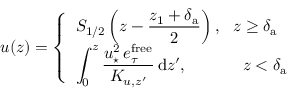
u ( z ) = \left\{ \begin{array} { l l } { \displaystyle { { \cal S } _ { 1 / 2 } } \left( z - \frac { z _ { 1 } + \delta _ { \mathrm { a } } } { 2 } \right) , ~ ~ z \geq \delta _ { \mathrm { a } } } \\ { \displaystyle \int _ { 0 } ^ { z } \frac { u _ { \star } ^ { 2 } \, e _ { \tau } ^ { \mathrm { f r e e } } } { K _ { u , z ^ { \prime } } } \, \mathrm { d } z ^ { \prime } , ~ ~ ~ ~ ~ ~ ~ ~ ~ ~ z < \delta _ { \mathrm { a } } } \end{array} \right.